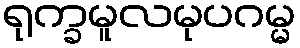
ရုက္ခမူလမုပဂမ္မ